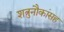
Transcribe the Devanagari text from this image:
शत्रुनौकांसह